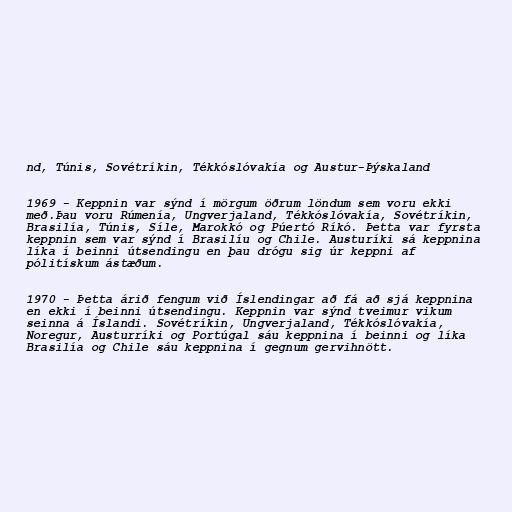
nd, Túnis, Sovétríkin, Tékkóslóvakía og Austur-Þýskaland

1969 - Keppnin var sýnd í mörgum öðrum löndum sem voru ekki
með.Þau voru Rúmenía, Ungverjaland, Tékkóslóvakía, Sovétríkin,
Brasilía, Túnis, Síle, Marokkó og Púertó Ríkó. Þetta var fyrsta
keppnin sem var sýnd í Brasilíu og Chile. Austuríki sá keppnina
líka í beinni útsendingu en þau drógu sig úr keppni af
pólitískum ástæðum.

1970 - Þetta árið fengum við Íslendingar að fá að sjá keppnina
en ekki í beinni útsendingu. Keppnin var sýnd tveimur vikum
seinna á Íslandi. Sovétríkin, Ungverjaland, Tékkóslóvakía,
Noregur, Austurríki og Portúgal sáu keppnina í beinni og líka
Brasilía og Chile sáu keppnina í gegnum gervihnött.